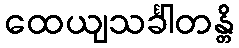
ထေယျသင်္ခါတန္တိ